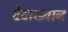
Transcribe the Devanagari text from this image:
देवाख्यान